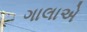
ગાલાએ